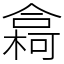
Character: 樖